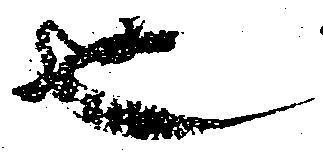
也